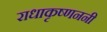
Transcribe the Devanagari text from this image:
राधाकृष्णननी